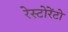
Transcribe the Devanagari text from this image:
रेस्‍टोरेंटो